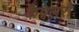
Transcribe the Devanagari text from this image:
कैपलरी